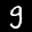
Label: 9